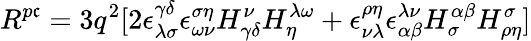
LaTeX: R^{p\mathfrak{c}}=3q^{2}[2\epsilon_{\lambda\sigma}^{\gamma\delta}\epsilon_{\omega\nu}^{\sigma\eta}H_{\gamma\delta}^{\nu}H_{\eta}^{\lambda\omega}+\epsilon_{\nu\lambda}^{\rho\eta}\epsilon_{\alpha\beta}^{\lambda\nu}H_{\sigma}^{\alpha\beta}H_{\rho\eta}^{\sigma}]